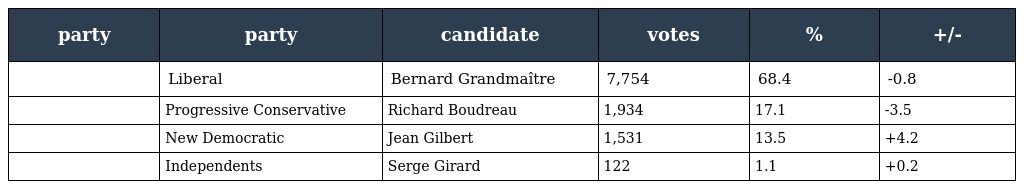
| party | party | candidate | votes | % | +/- |
 | --- | --- | --- | --- | --- | --- |
 |  | Liberal | Bernard Grandmaître | 7,754 | 68.4 | -0.8 |
 |  | Progressive Conservative | Richard Boudreau | 1,934 | 17.1 | -3.5 |
 |  | New Democratic | Jean Gilbert | 1,531 | 13.5 | +4.2 |
 |  | Independents | Serge Girard | 122 | 1.1 | +0.2 |